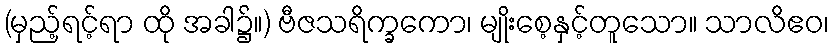
(မှည့်ရင့်ရာ ထို အခါ၌။) ဗီဇသရိက္ခကော၊ မျိုးစေ့နှင့်တူသော။ သာလိဧဝ၊